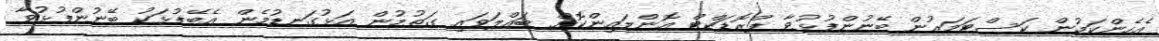
އެހެންކަމުން ކަސްޓަމަރުން ބޭނުންފުޅުވާ ޕްރޮޑަކްޓް އޮންލައިންކޮށް ބައްލަވައި ގަތުމުން އަޅުގަނޑުމެން އެބޭފުޅަކު ބޭނުންފުޅުވާ